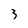
Character: 3